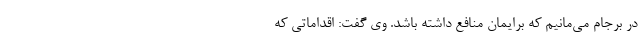
در برجام می‌مانیم که برایمان منافع داشته باشد. وی گفت: اقداماتی که